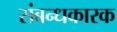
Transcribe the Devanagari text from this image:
संबन्धकारक